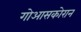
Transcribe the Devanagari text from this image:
गोआसकोरान